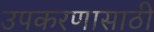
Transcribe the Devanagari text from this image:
उपकरणासाठी